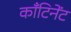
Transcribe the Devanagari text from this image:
काँटिनेंट